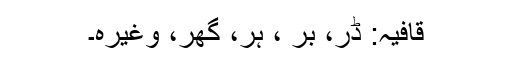
قافیہ: ڈر، بر ، ہر، گھر، وغیرہ۔